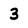
Character: 3